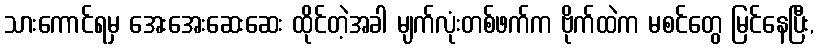
သားကောင်ရမှ အေးအေးဆေးဆေး ထိုင်တဲ့အခါ မျက်လုံးတစ်ဖက်က ဗိုက်ထဲက မစင်တွေ မြင်နေပြီး,